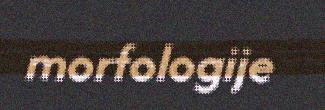
morfologije